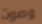
وصوت